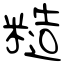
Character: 糙